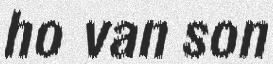
ho van son